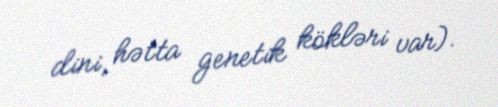
dini, hətta genetik kökləri var).